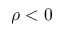
\rho < 0